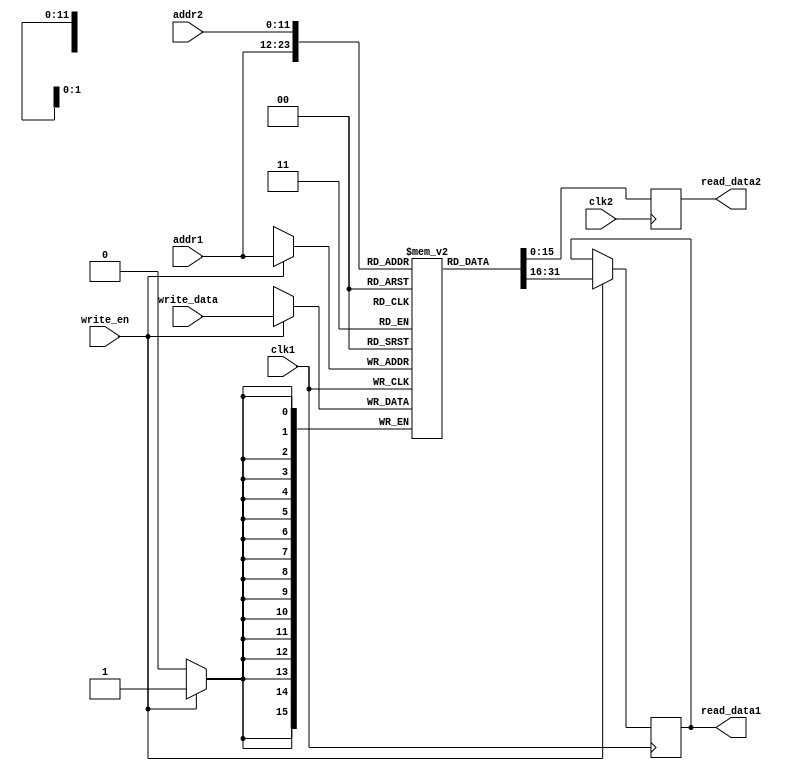
module DualPortVGARam (
    input clk1,
    input write_en,
    input [11:0] addr1,
    input [15:0] write_data,
    output reg [15:0] read_data1,
    input clk2,
    input[11:0] addr2,
    output reg [15:0] read_data2
);
    reg [15:0] memory [0:4095] /*verilator public*/;

`ifdef verilator
import "DPI-C" function void updateVGA(int addr, int write_data);
`endif

    always @ (posedge clk1)
    begin
        if (write_en)
        begin
            memory[addr1] <= write_data;
            read_data1 <= memory[addr1];
`ifdef verilator
            /*verilator lint_off WIDTH*/
            updateVGA(addr1, write_data);
`endif            
        end
    end

    always @ (posedge clk2)
    begin
        read_data2 <= memory[addr2];
    end

    initial begin
        //$readmemh("vga_ram.mif", memory, 0, 2047);
    end
    
endmodule